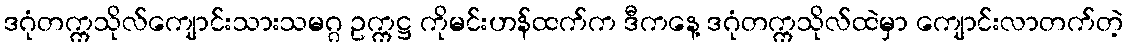
ဒဂုံတက္ကသိုလ်ကျောင်းသားသမဂ္ဂ ဥက္ကဋ္ဌ ကိုမင်းဟန်ထက်က ဒီကနေ့ ဒဂုံတက္ကသိုလ်ထဲမှာ ကျောင်းလာတက်တဲ့